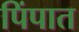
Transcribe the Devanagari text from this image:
पिंपात